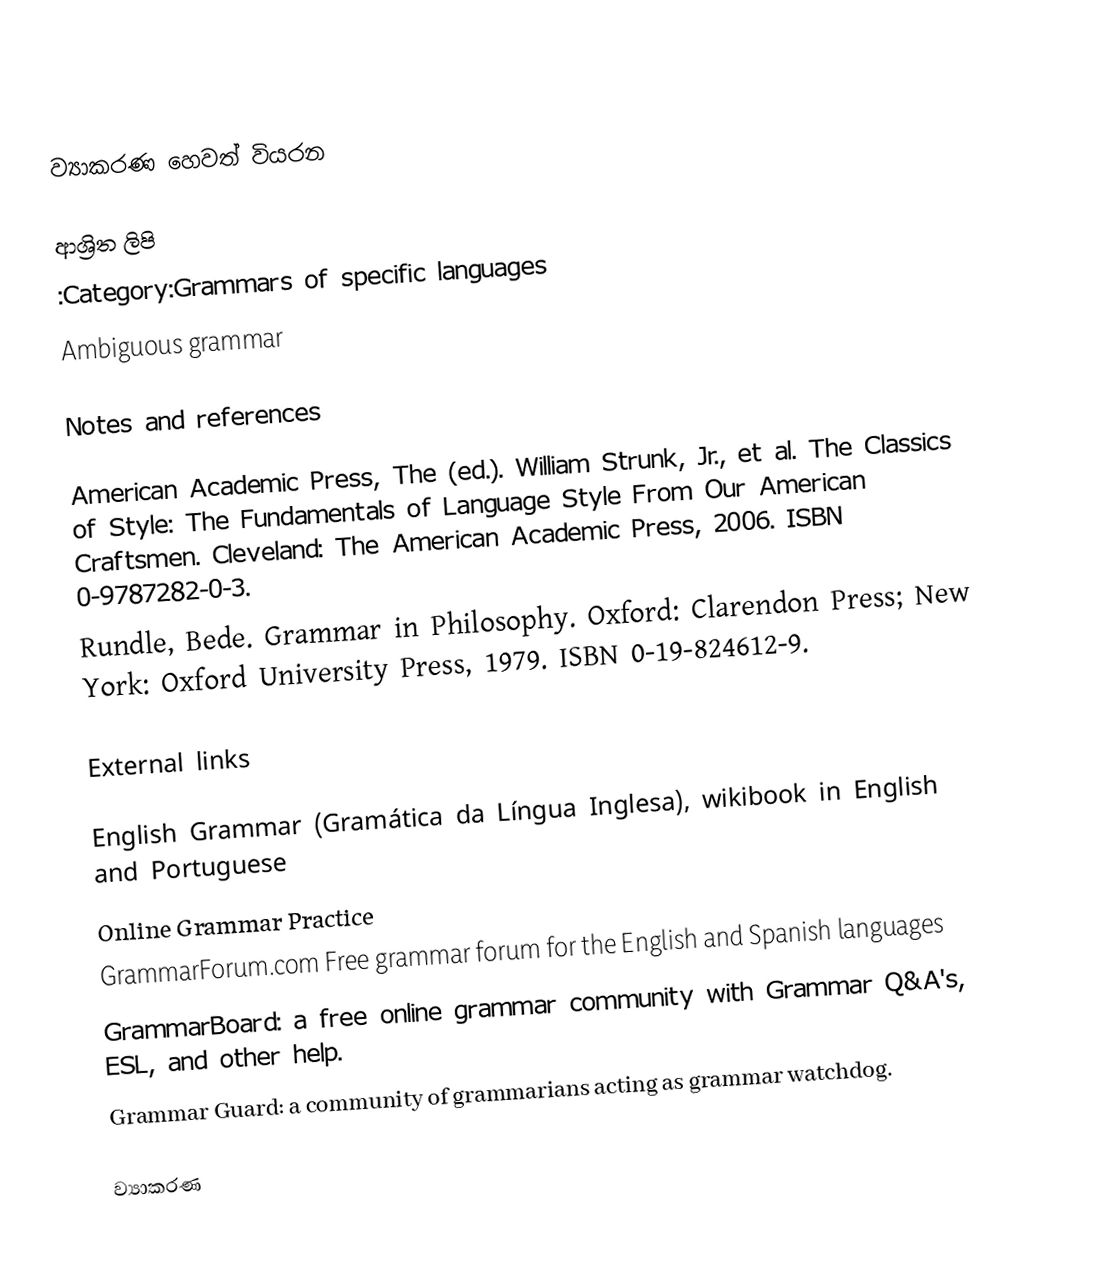
ව්‍යාකරණ හෙවත් වියරන

ආශ්‍රිත ලිපි
 :Category:Grammars of specific languages
 Ambiguous grammar

Notes and references

 American Academic Press, The (ed.). William Strunk, Jr., et al. The Classics of Style: The Fundamentals of Language Style From Our American Craftsmen. Cleveland: The American Academic Press, 2006. ISBN 0-9787282-0-3.
 Rundle, Bede. Grammar in Philosophy. Oxford: Clarendon Press; New York: Oxford University Press, 1979. ISBN 0-19-824612-9.

External links

 English Grammar (Gramática da Língua Inglesa), wikibook in English and Portuguese
 Online Grammar Practice
 GrammarForum.com Free grammar forum for the English and Spanish languages
 GrammarBoard: a free online grammar community with Grammar Q&A's, ESL, and other help.
 Grammar Guard: a community of grammarians acting as grammar watchdog.

ව්‍යාකරණ